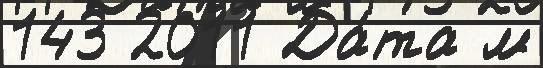
143 2011 Да́та м